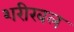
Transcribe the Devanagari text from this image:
शरीरबल